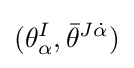
(\theta _{\alpha }^{I},{\bar {\theta }}^{J{\dot {\alpha }}})